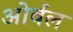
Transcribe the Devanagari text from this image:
ओर्वल